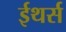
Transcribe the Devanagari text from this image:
ईथर्स